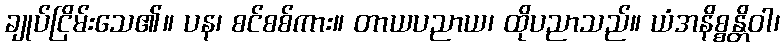
ချုပ်ငြိမ်းသေ၏။ ပန၊ စင်စစ်ကား။ တာယပညာယ၊ ထိုပညာသည်။ ယံအနိစ္စန္တိဝါ၊